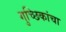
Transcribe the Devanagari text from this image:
गुच्छिकांचा